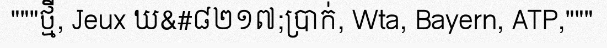
"""ថ្មី, Jeux ឃ&#៨២១៧;ប្រាក់, Wta, Bayern, ATP,"""